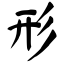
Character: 形